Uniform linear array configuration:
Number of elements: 16
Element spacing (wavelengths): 0.75
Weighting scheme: cosine
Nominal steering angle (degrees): -15
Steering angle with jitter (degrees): -15.043
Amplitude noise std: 0.05
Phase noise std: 0.05

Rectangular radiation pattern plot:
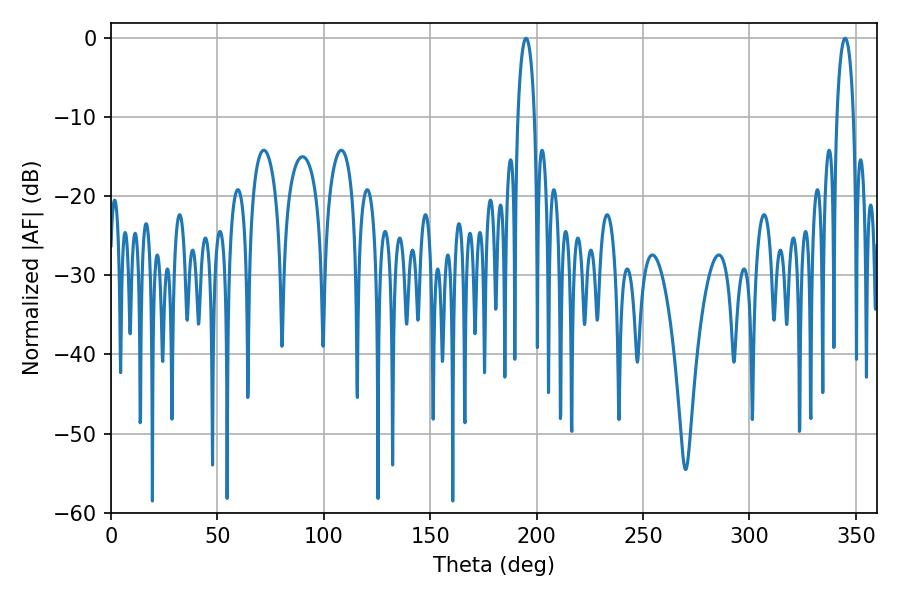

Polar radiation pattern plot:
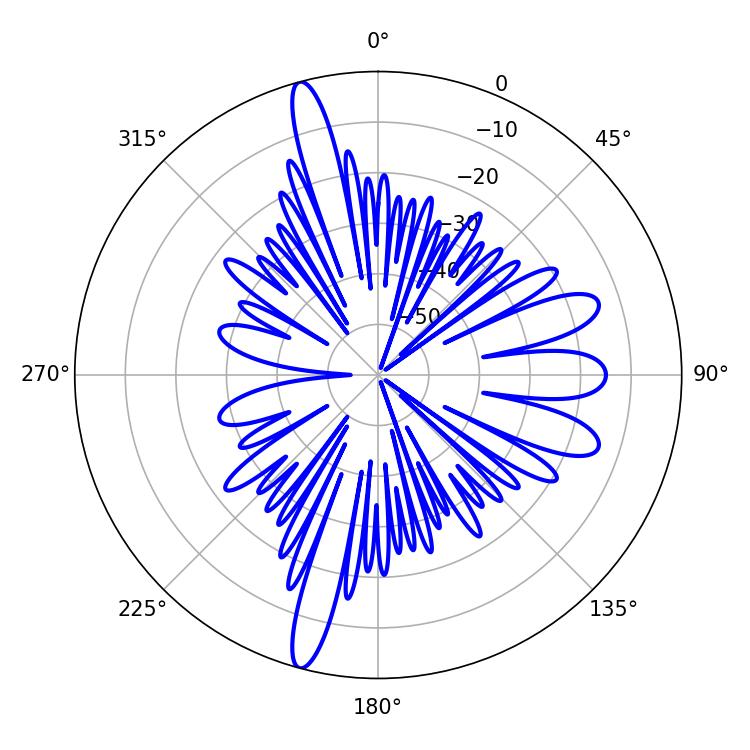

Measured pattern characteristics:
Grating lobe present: TRUE
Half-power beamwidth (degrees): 4.5
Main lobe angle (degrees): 195.12